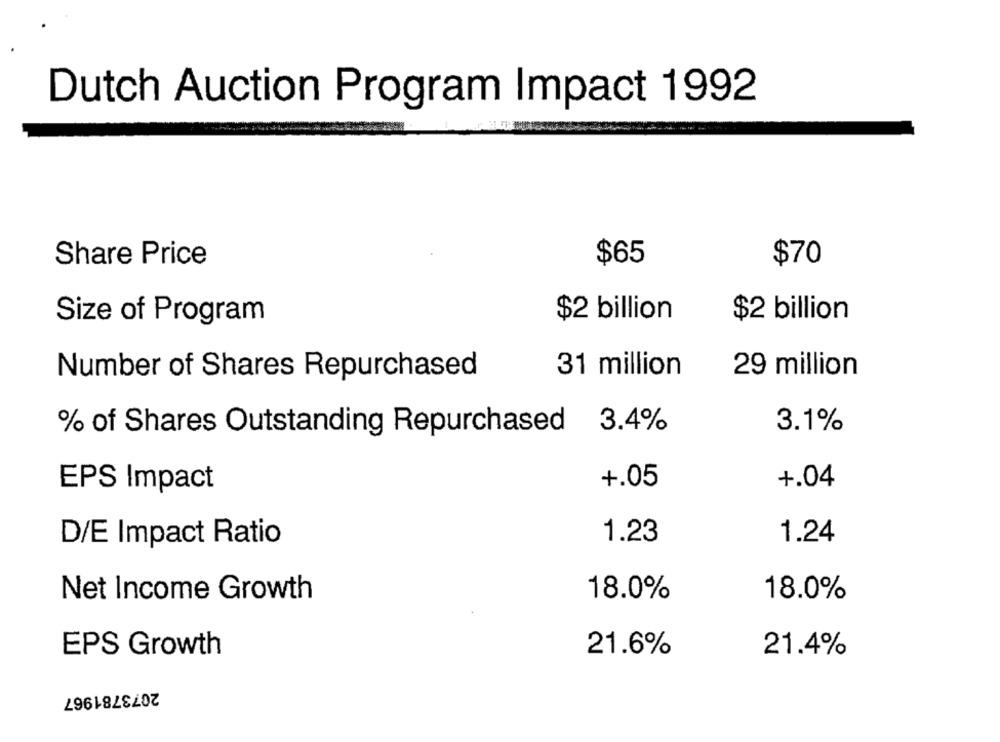
Dutch Auction Program Impact 1992
Share Price
$65
$70
$2 billion
$2 billion
Size of Program
31 million
29 million
Number of Shares Repurchased
% of Shares Outstanding Repurchased
3.4%
3.1%
+.05
+.04
EPS Impact
1.23
1.24
D/E Impact Ratio
Net Income Growth
18.0%
18.0%
EPS Growth
21.6%
21.4%
2073781967